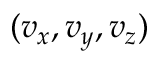
( v _ { x } , v _ { y } , v _ { z } )